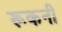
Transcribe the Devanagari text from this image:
रूकनी